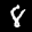
Label: 8